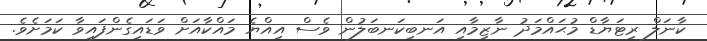
ކާނަލް ރިޓަޔާޑް މުޙައްމަދު ނާޒިމާއި އަނބިކަނބަލުން ވެސް އިއްޔެ މައްކާއަށް ވަޑައިގެންފައިވާ ކަމަށެވެ.